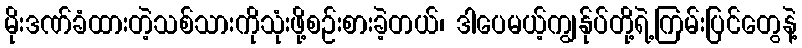
မိုးဒဏ်ခံထားတဲ့သစ်သားကိုသုံးဖို့စဉ်းစားခဲ့တယ်၊ ဒါပေမယ့်ကျွန်ုပ်တို့ရဲ့ကြမ်းပြင်တွေနဲ့